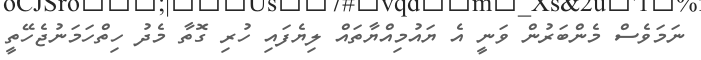
ނަމަވެސް މެންބަރުން ވަނީ އެ ޔައުމިއްޔާތައް ލިޔެފައި ހުރި ގޮތާ މެދު ހިތްހަމަނުޖެހޭތީ